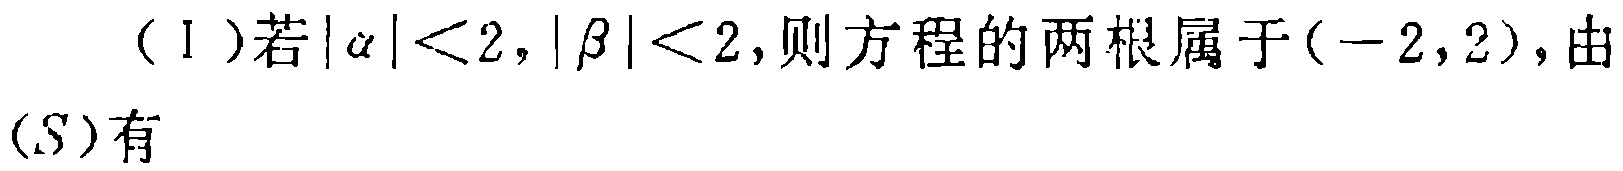
（Ⅰ）若\(|\alpha |<2,|\beta |<2\)，则方程的两根属于\((-2,2)\)，由
\((S)\)有